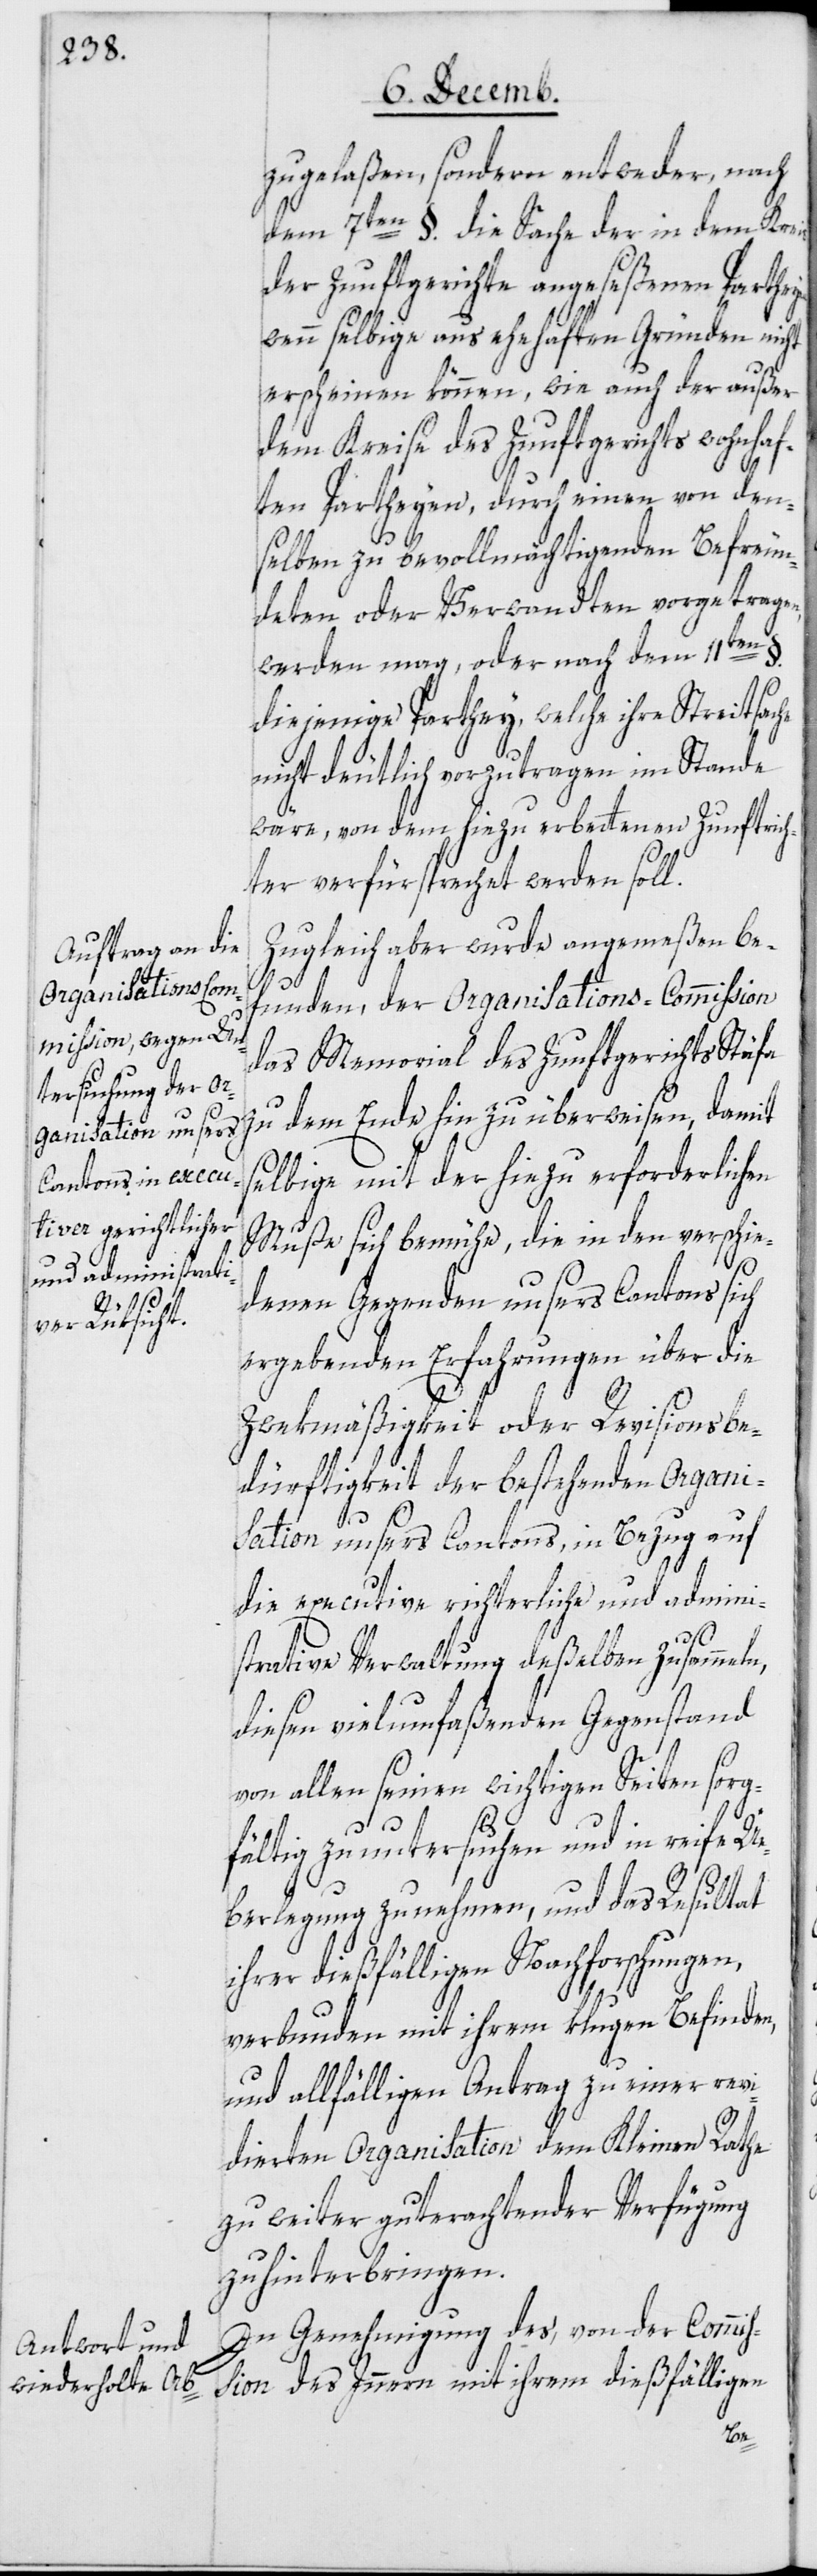
en,

zugelaßen, sondern entweder, nach
dem 7ten § die Sache der in dem Kreis
der Zunftgerichte angeseßenen Partei¬
wenn selbige aus ehehaften Gründen nicht
erscheinen können, wie auch der außer
dem Kreise des Zunftgerichts wohnhaf¬
ten Parteien, durch einen von den¬
selben zu bevollmächtigenden Befreun¬
deten oder Verwandten vorgetragen
werden mag, oder nach dem 11ten
diejenige Parthey, welche ihre Streitsache
nicht deutlich vorzutragen im Stande
wäre, von dem hiezu erbettenen Zunftrich¬
ter verfürsprechet werden soll.
Zugleich aber wurde angemeßen be¬
funden, der Organisations-Commißion
das Memorial des Zunftgerichts Stäfa
zu dem Ende hin zu überweisen, damit
selbige mit der hiezu erforderlichen
Muße sich bemühe, die in den verschie¬
denen Gegenden unsers Cantons sich
ergebenden Erfahrungen über die
Zwekmäßigkeit oder Revisionsbe¬
dürftigkeit der bestehenden Organi¬
sation unsers Cantons, in Bezug auf
die executive richterliche und admini¬
strative Verwaltung deßelben zu sammeln,
diesen vielumfaßenden Gegenstand
von allen seinen wichtigen Seiten sorg¬
fältig zu untersuchen und in reife Ü¬
berlegung zu nehmen, und das Resultat
ihrer dießfälligen Nachforschungen,
verbunden mit ihrem klugen Befinden,
und allfälligen Antrag zu einer revi¬
dierten Organisation dem Kleinen Rathe
zu weiter gut erachtender Verfügung
zu hinterbringen.
In Genehmigung des, von der Commiß¬
ion des Innern mit ihrem dießfälligen